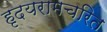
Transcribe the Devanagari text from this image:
हृदयरामचरित